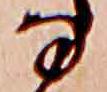
な